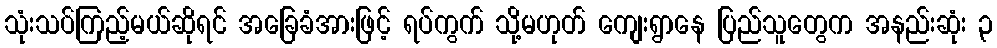
သုံးသပ်ကြည့်မယ်ဆိုရင် အခြေခံအားဖြင့် ရပ်ကွက် သို့မဟုတ် ကျေးရွာနေ ပြည်သူတွေက အနည်းဆုံး ၃